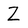
Character: Z